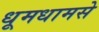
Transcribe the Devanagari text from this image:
धूमधामसे